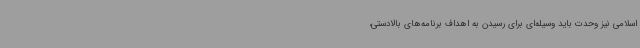
اسلامی نیز وحدت باید وسیله‌ای برای رسیدن به اهداف برنامه‌های بالادستی،